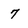
Character: 7